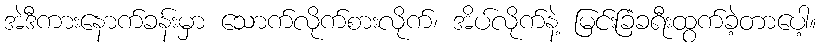
အဲဒီကားနောက်ခန်းမှာ သောက်လိုက်စားလိုက်၊ အိပ်လိုက်နဲ့ မြင်းခြံခရီးထွက်ခဲ့တာပေါ့။